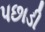
પછાડી